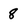
Character: 8